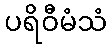
ပရိဝီမံသံ